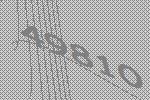
49810